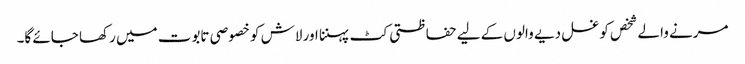
مرنے والے شخص کو غسل دیے والوں کے لیے حفاظتی کٹ پہننا اور لاش کو خصوصی تابوت میں رکھا جائے گا۔